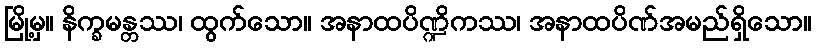
မြို့မှ။ နိက္ခမန္တဿ၊ ထွက်သော။ အနာထပိဏ္ဍိကဿ၊ အနာထပိဏ်အမည်ရှိသော။